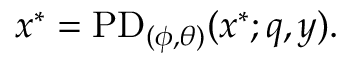
x ^ { * } = \mathrm { P D } _ { ( \phi , \theta ) } ( x ^ { * } ; q , y ) .